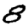
Digit: 8